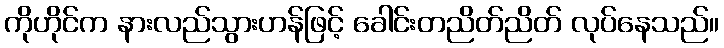
ကိုဟိုင်က နားလည်သွားဟန်ဖြင့် ခေါင်းတညိတ်ညိတ် လုပ်နေသည်။